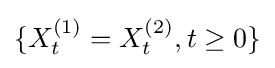
\{X_{t}^{(1)}=X_{t}^{(2)},t\geq 0\}